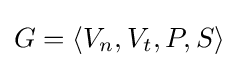
G=\langle V_{n},V_{t},P,S\rangle